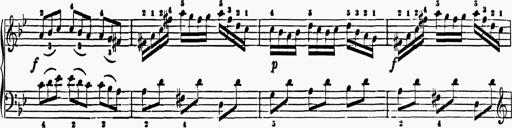
Title: 6 Sonatas
Composer: Muzio Clementi